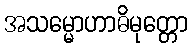
အသမ္မောဟာဓိမုတ္တော